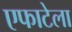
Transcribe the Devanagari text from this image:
एफाटेला